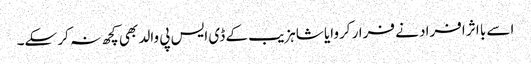
اسے با اثر افراد نے فرار کروایا شاہزیب کے ڈی ایس پی والد بھی کچھ نہ کر سکے۔